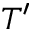
T ^ { \prime }